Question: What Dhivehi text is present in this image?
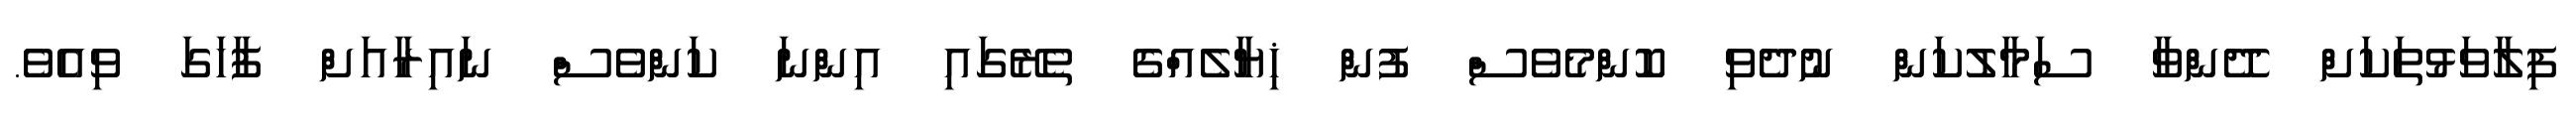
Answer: ފިލާވަޅުތަކަށް ދޭންވާ ސަމާލުކަން ނުދެވި ކޮންމެވެސް ފުން ޚިޔާލެއްގެ ތެރޭގައި އިންނަ ކަންވެސް ނައިރާއަށް ފާހަގަ ވިއެވެ.